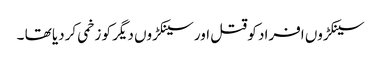
سینکڑوں افراد کو قتل اور سینکڑوں دیگر کو زخمی کردیا تھا ۔